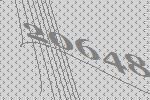
20648